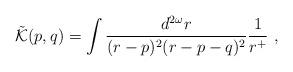
LaTeX: \begin{align*}\tilde{{\cal K}}(p,q) = \int \frac {d^{2\omega}r}{(r-p)^2(r-p-q)^2}\frac {1}{r^{+}}\,\,,\end{align*}